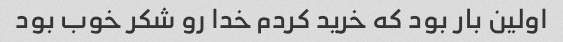
اولین بار بود که خرید کردم خدا رو شکر خوب بود